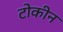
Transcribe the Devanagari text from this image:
टोकीन